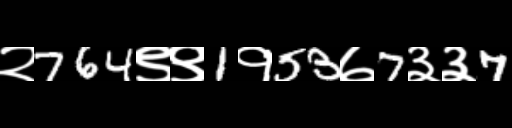
Text: २764९९1१53७7३३7